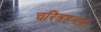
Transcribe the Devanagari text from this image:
चरित्रहनन